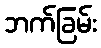
ဘက်ခြမ်း